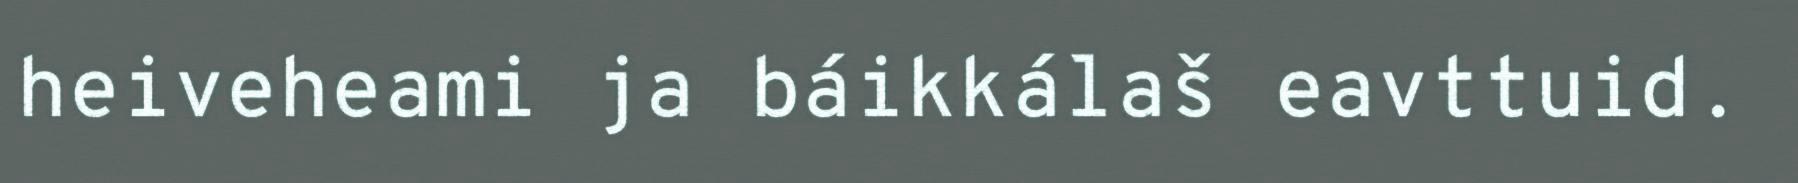
heiveheami ja báikkálaš eavttuid.